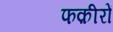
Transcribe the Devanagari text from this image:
फक़ीरों